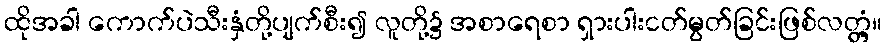
ထိုအခါ ကောက်ပဲသီးနှံတို့ပျက်စီး၍ လူတို့၌ အစာရေစာ ရှားပါးငတ်မွတ်ခြင်းဖြစ်လတ္တံ့။